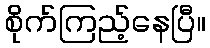
စိုက်ကြည့်နေပြီ။